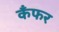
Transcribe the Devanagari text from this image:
कँफर